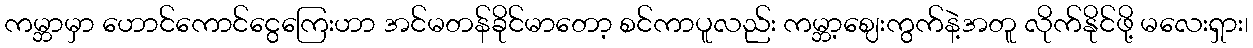
ကမ္ဘာမှာ ဟောင်ကောင်ငွေကြေးဟာ အင်မတန်ခိုင်မာတော့ စင်ကာပူလည်း ကမ္ဘာ့ဈေးကွက်နဲ့အတူ လိုက်နိုင်ဖို့ မလေးရှား၊